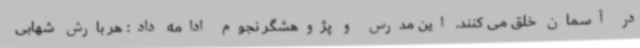
در آسمان خلق می کنند. این مدرس و پژوهشگر نجوم ادامه داد: هر بارش شهابی